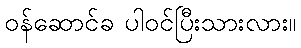
ဝန်ဆောင်ခ ပါဝင်ပြီးသားလား။